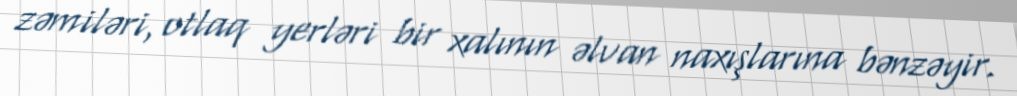
zəmiləri, otlaq yerləri bir xalının əlvan naxışlarına bənzəyir.